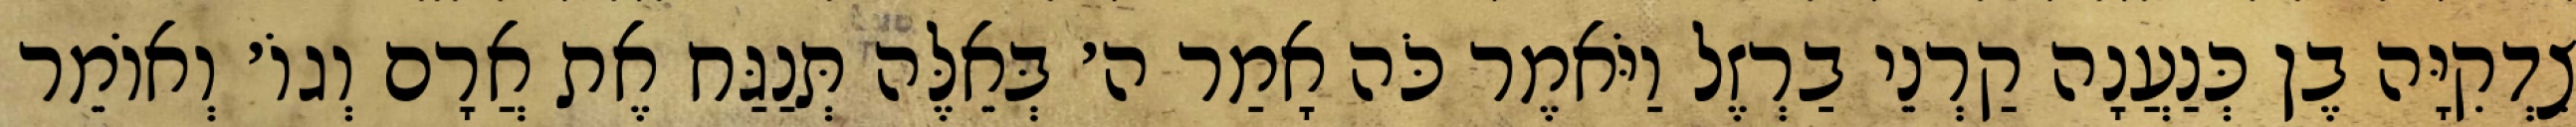
צִדְקִיָּה בֶן כְּנַעֲנָה קַרְנֵי בַרְזֶל וַיֹּאמֶר כֹּה אָמַר ה׳ בְּאֵלֶּה תְּנַגַּח אֶת אֲרָם וְגוֹ׳ וְאוֹמֵר